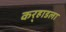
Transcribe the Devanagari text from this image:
कर्‍हाडला